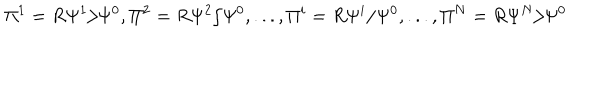
\Pi ^ { 1 } = R \Psi ^ { 1 } / \Psi ^ { 0 } , \Pi ^ { 2 } = R \Psi ^ { 2 } / \Psi ^ { 0 } , . . . , \Pi ^ { i } = R \Psi ^ { i } / \Psi ^ { 0 } , . . . , \Pi ^ { N } = R \Psi ^ { N } / \Psi ^ { 0 }